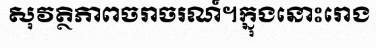
សុវត្ថិភាពចរាចរណ៍។ក្នុងនោះរោង